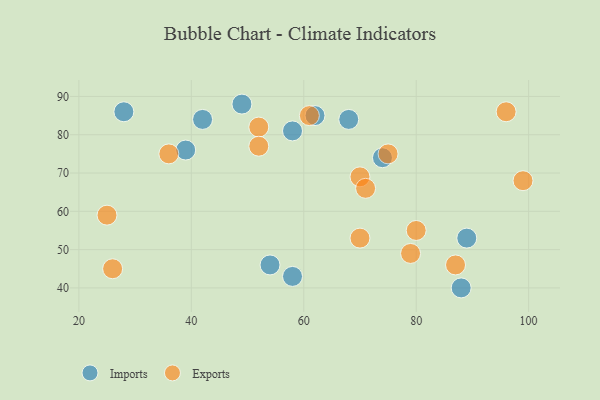
{"axis": {"x": "GDP", "y": "Life Expectancy"}, "legend": ["Exports", "Imports"], "data": [{"x": "89", "y": 53, "type": "Imports"}, {"x": "54", "y": 46, "type": "Imports"}, {"x": "68", "y": 84, "type": "Imports"}, {"x": "74", "y": 74, "type": "Imports"}, {"x": "58", "y": 81, "type": "Imports"}, {"x": "39", "y": 76, "type": "Imports"}, {"x": "49", "y": 88, "type": "Imports"}, {"x": "42", "y": 84, "type": "Imports"}, {"x": "28", "y": 86, "type": "Imports"}, {"x": "88", "y": 40, "type": "Imports"}, {"x": "62", "y": 85, "type": "Imports"}, {"x": "58", "y": 43, "type": "Imports"}, {"x": "52", "y": 82, "type": "Exports"}, {"x": "96", "y": 86, "type": "Exports"}, {"x": "36", "y": 75, "type": "Exports"}, {"x": "70", "y": 69, "type": "Exports"}, {"x": "87", "y": 46, "type": "Exports"}, {"x": "26", "y": 45, "type": "Exports"}, {"x": "79", "y": 49, "type": "Exports"}, {"x": "71", "y": 66, "type": "Exports"}, {"x": "99", "y": 68, "type": "Exports"}, {"x": "80", "y": 55, "type": "Exports"}, {"x": "61", "y": 85, "type": "Exports"}, {"x": "25", "y": 59, "type": "Exports"}, {"x": "70", "y": 53, "type": "Exports"}, {"x": "52", "y": 77, "type": "Exports"}, {"x": "75", "y": 75, "type": "Exports"}]}